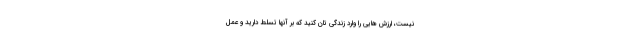
نیست، ارزش هایی را وارد زندگی تان کنید که بر آنها تسلط دارید و عمل